Civil Veterinary Dept. Bombay admin report 1907-1913 - 1907-1913
Year: 1907
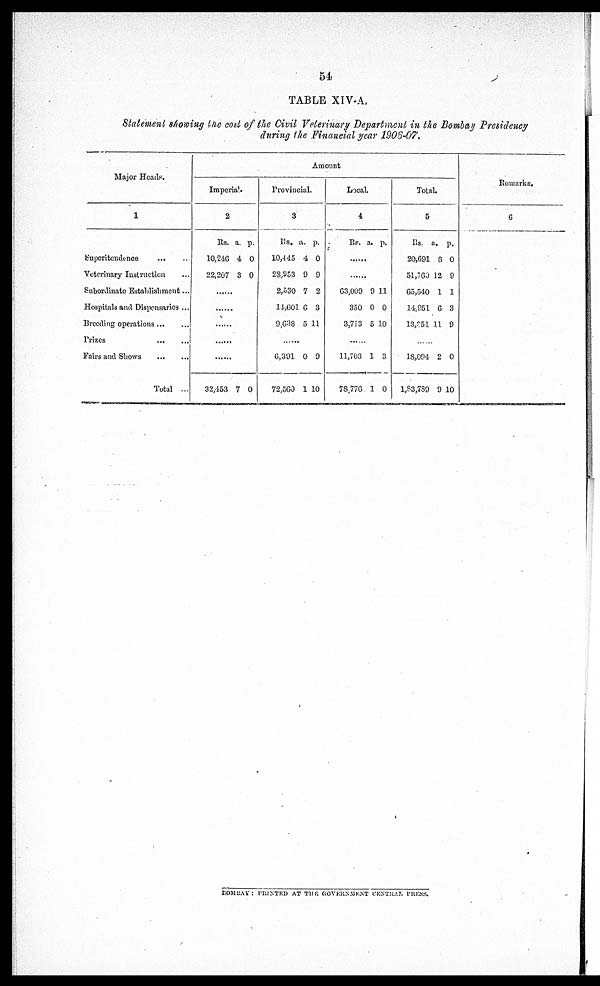
TABLE XIV-A.
Statement showing the cost of the Civil Veterinary Department in the Bombay Presidency
during the Financial year 1906-07.
Major Heads.
1
Superitendence ... ...
Veterinary Instruction ...
Subordinate Establishment ...
Hospitals and Dispensaries ...
Breeding operations
Prizes
...
...
Fairs and Shows
...
...
Total ...
Amount
Imperial.
2
Rs. a. p.
10,246 4 0
22,207 3 0
......
......
......
......
32,453 7 0
Provincial.
3
Rs. a. p.
10,145 4 0
28,953 9 9
2,530 7 2
14,601 6 3
9,638 5 11
......
6,391 0 9
72,560 1 10
Local.
4
Rs. a. p.
......
......
63,009 9 11
350 0 0
3,713 5 10
......
11,703 1 3
78,776 1 0
Total.
5
Rs. a. p.
20,691 8 0
51,160 12 9
65,540 1 1
14,951 6 3
13,351 11 9
......
18,094 2 0
1,83,789 9 10
Remarks.
6
BOMBAY PRINTED AT THE GOVERNMENT
CENTRAL PRESS.